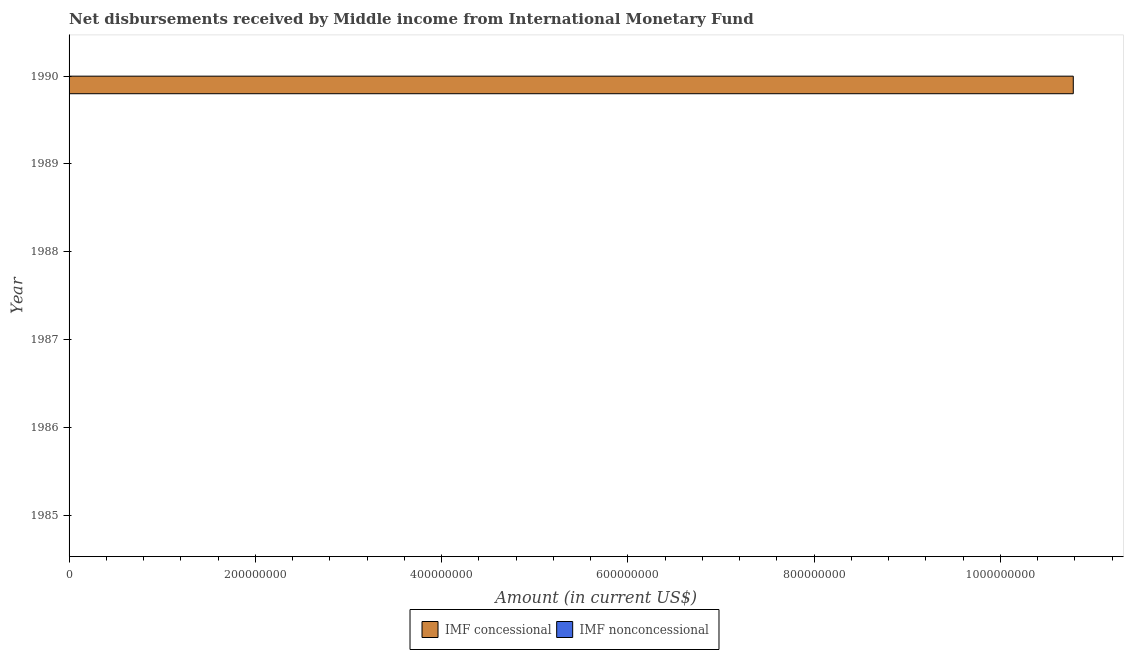
| Year | IMF concessional | IMF nonconcessional |
 | --- | --- | --- |
 | 1985 | -4.54e+08 | -5.71e+08 |
 | 1986 | -7.54e+08 | -1.29e+09 |
 | 1987 | -1.4e+09 | -2.85e+09 |
 | 1988 | -1.38e+09 | -2.83e+09 |
 | 1989 | -5.88e+08 | -1.65e+09 |
 | 1990 | 1.08e+09 | -2.39e+09 |